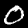
Digit: 0